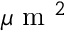
\mu \mathrm { ~ m ~ } ^ { 2 }